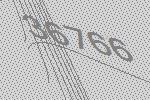
36766